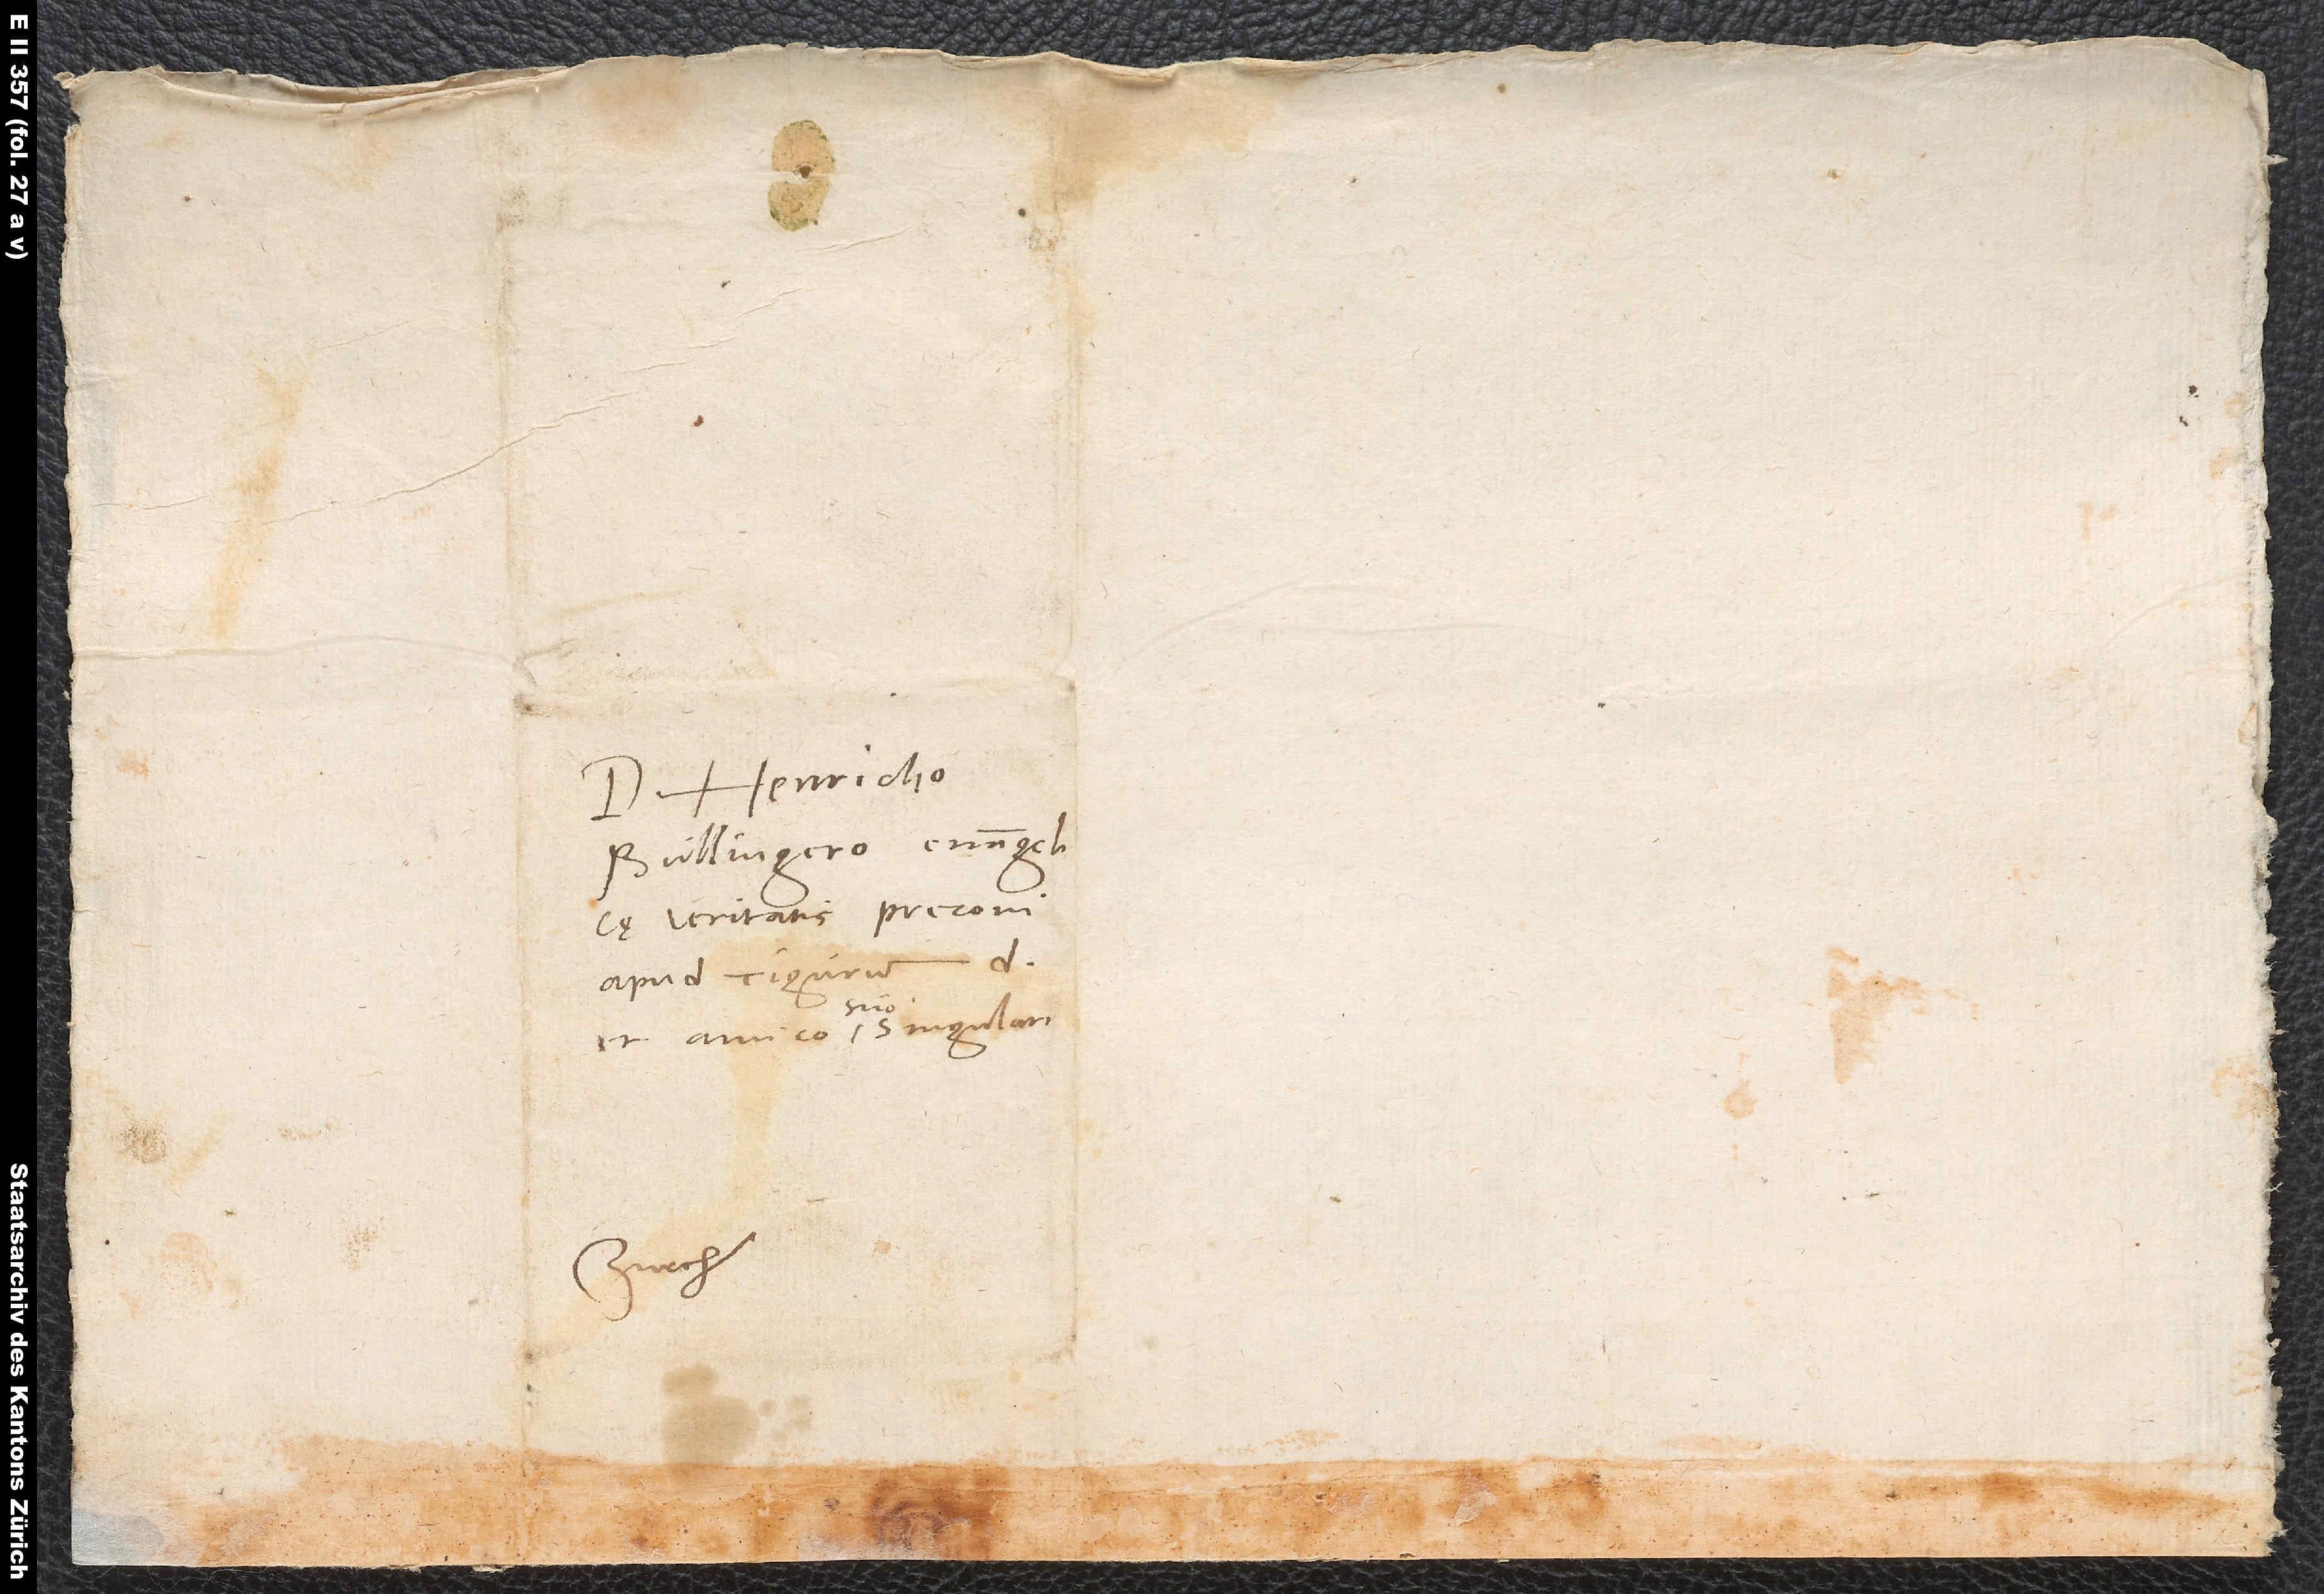
S.

Domino Henricho
Bullingero, evangelicę
veritatis preconi
Zurch.